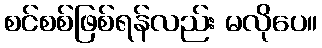
စင်စစ်ဖြစ်ရန်လည်း မလိုပေ။